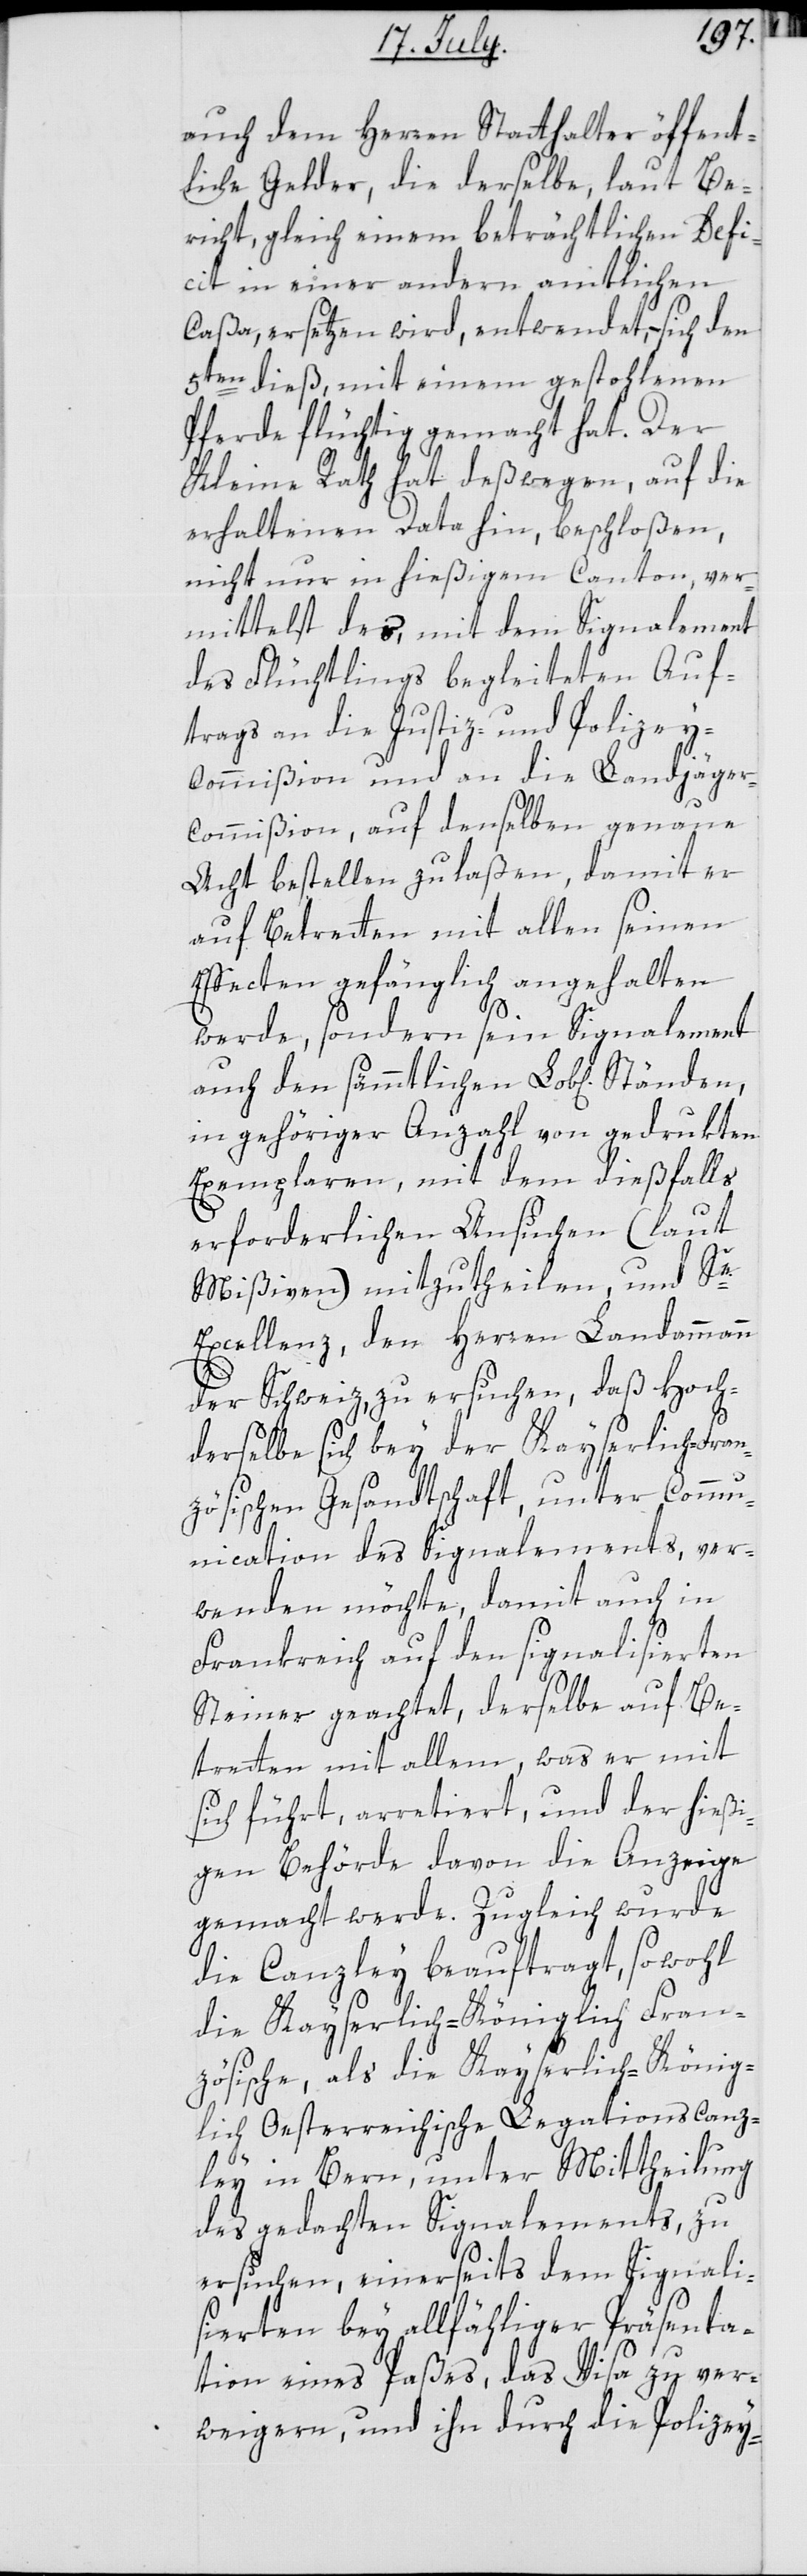
auch dem Herren Statthalter öffent¬
liche Gelder, die derselbe, laut Be¬
richt, gleich einem beträchtlichen Defi¬
cit in einer andern amtlichen
Caßa, ersetzen wird, entwendet, sich den
5ten dieß, mit einem gestohlenen
Pferde flüchtig gemacht hat. Der
Kleine Rath hat deßwegen, auf die
erhaltenen Data hin, beschloßen,
nicht nur in hießigem Canton, ver¬
mittelst des, mit dem Signalement
des Flüchtlings begleiteten Auf¬
trags an die Justiz- und Polizey¬
commißion und an die Landjäger¬
commißion, auf denselben genaue
Acht bestellen zu laßen, damit er
auf Betretten mit allen seinen
Effecten gefänglich angehalten
werde, sondern sein Signalement
auch den sämmtlichen Lobl. Ständen,
in gehöriger Anzahl von gedrukten
Exemplaren, mit dem dießfalls
erforderlichen Ansuchen (laut
Mißiven) mitzutheilen, und Se.
Excellenz den Herren Landammann
der Schweiz, zu ersuchen, daß Hoch¬
derselbe sich bey der Kayserlich-Fran¬
zösischen Gesandtschaft unter Commu¬
nication des Signalements, ver¬
wenden möchte, damit auch in
Frankreich auf den signalisierten
Steiner geachtet, derselbe auf Be¬
tretten mit allem, was er mit
sich führt, arretiert, und der hießi¬
gen Behörde davon die Anzeige
gemacht werde. Zugleich wurde
die Canzley beauftragt, sowohl
die Kayserlich-Königlich Fran¬
zösische als die Kayserlich-König¬
lich Oesterreichische Legationscanz¬
ley in Bern, unter Mittheilung
des gedachten Signalements, zu
ersuchen, einerseits dem Signali¬
sierten bey allfähliger Präsenta¬
tion eines Paßes, das Visa zu ver¬
weigern, und ihn durch die Polizey-